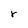
Character: r